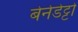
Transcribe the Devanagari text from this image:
बेनेडेट्टो